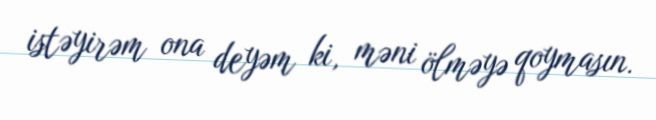
istəyirəm ona deyəm ki, məni ölməyə qoymasın.